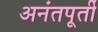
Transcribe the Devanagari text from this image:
अनंतपूर्ती